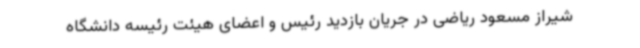
شیراز مسعود ریاضی در جریان بازدید رئیس و اعضای هیئت رئیسه دانشگاه